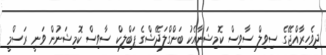
ދިވެހިރާއްޖޭގެ ސިވިލް ސާވިސް ކޮމިޝަނާއެކު ބަންގްލަދޭޝްގެ ޕަބްލިކް ސާވިސް ކޮމިޝަނުން ވަނީ ރަސްމީ